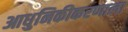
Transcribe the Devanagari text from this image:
आधुनिकीकरणाला